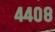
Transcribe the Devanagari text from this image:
४४०८